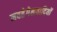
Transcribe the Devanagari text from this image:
नवहेगेलवादियों